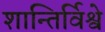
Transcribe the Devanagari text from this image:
शान्तिर्विश्वे